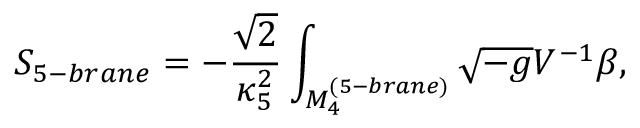
S _ { 5 - b r a n e } = - \frac { \sqrt { 2 } } { \kappa _ { 5 } ^ { 2 } } \int _ { M _ { 4 } ^ { ( 5 - b r a n e ) } } { \sqrt { - g } V ^ { - 1 } \beta } ,